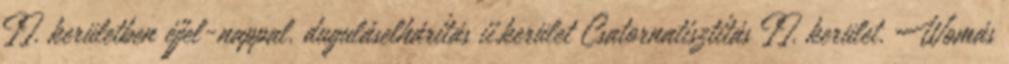
II. kerületben éjjel-nappal. duguláselhárítás ii.kerület Csatornatisztítás II. kerület. Womás